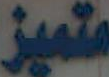
متميز